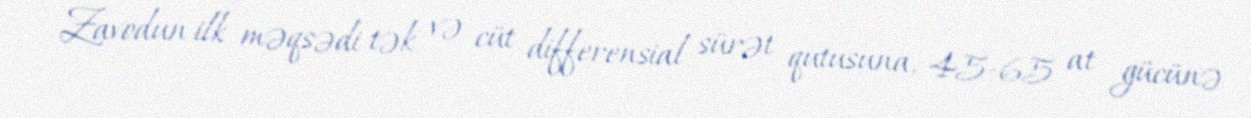
Zavodun ilk məqsədi tək və cüt differensial sürət qutusuna, 45-65 at gücünə